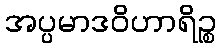
အပ္ပမာဒဝိဟာရိဉ္စ